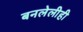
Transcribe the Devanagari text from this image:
बनलेलीही